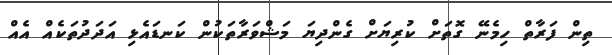
ތިން ފަރާތް ހިމެނޭ ގޮތަށް ކުރިޔަށް ގެންދިޔަ މަޝްވަރާތަކުން ކަނޑައެޅި އަދަދުތަކެއް އެއް